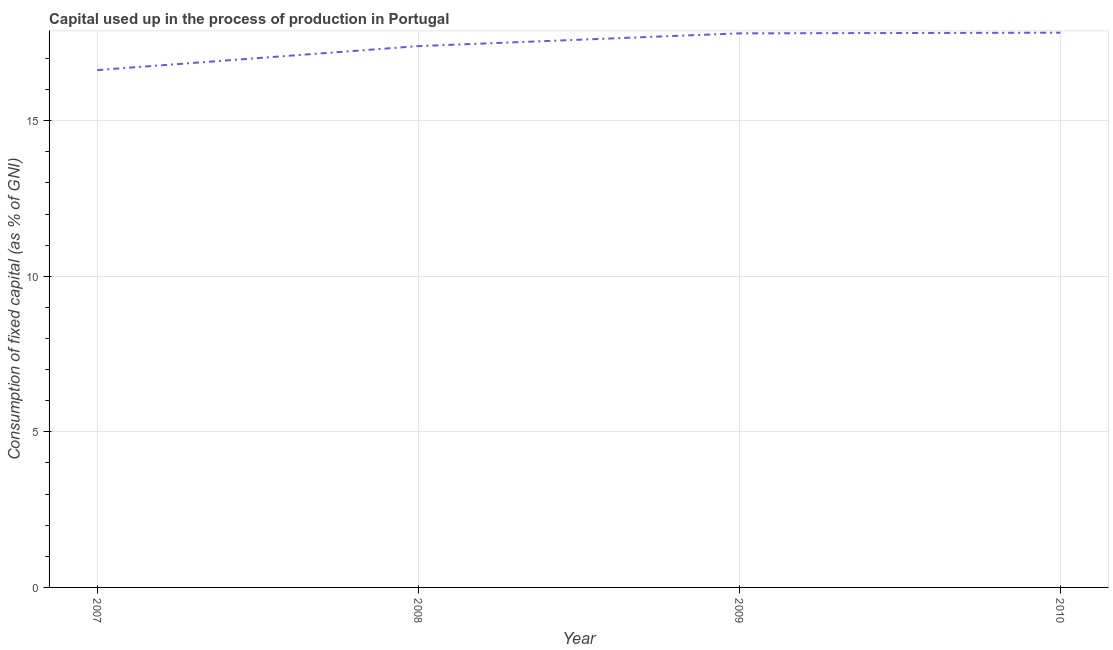
| Year | Consumption of fixed capital |
 | --- | --- |
 | 2007 | 16.6 |
 | 2008 | 17.4 |
 | 2009 | 17.8 |
 | 2010 | 17.8 |